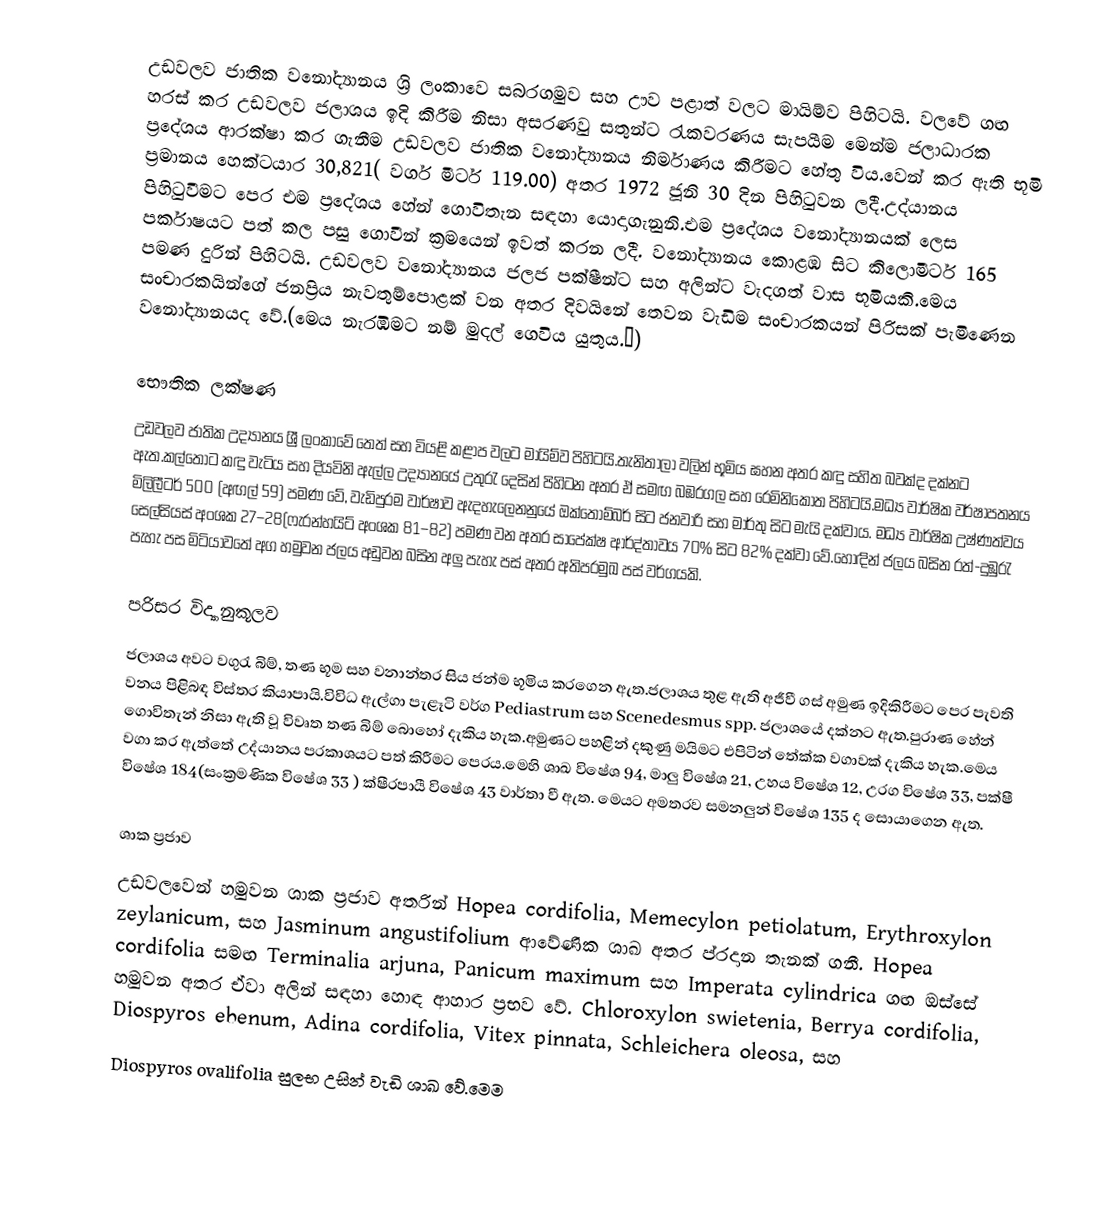
උඩවලව ජාතික වනෝද්‍යානය ශ්‍රි ලංකාවෙ සබරගමුව සහ ඌව පළාත් වලට මායිම්ව පිහිටයි. වලවේ ගඟ හ‍රස් කර උඩවලව ජලාශය ඉදි කිරීම නිසා අසරණවු සතුන්ට රැකවරණය සැපයීම මෙන්ම ජලාධාරක ප්‍රදේශය ආරක්ෂා කර ගැනීම  උඩවලව ජාතික වනෝද්‍යානය නිර්මාණය කිරීමට හේතු විය.වෙන් ක‍ර ඇති භූමි ප්‍රමානය හෙක්ටයාර 30,821( වර්ග මීටර් 119.00) අතර 1972 ජූනි 30 දින පිහිටුවන ලදී.උද්යානය පිහිටුවීමට පෙර එම ප්‍රදේශය හේන් ගොවිතැන සඳහා යොදාගැනුනි.එම ප්‍රදේශය වනෝද්‍යානයක් ලෙස පර්කාෂයට පත් කල පසු ගොවීන් ක්‍රමයෙන් ඉවත් කරන ලදී. වනෝද්‍යානය කොළඹ සිට කිලොමීටර් 165 පමණ දුරින් පිහිටයි. උඩවලව වනෝද්‍යානය ජලජ පක්ෂීන්ට සහ අලින්ට වැදගත් වාස භූමියකි.මෙය සංචාරකයින්ගේ ජනප්‍රිය නැවතුම්පොළක් වන අත‍ර දිවයිනේ තෙවන වැඩිම සංචාරකයන් පිරිසක් පැමිණෙන වනෝද්‍යානයද වේ.(මෙය නැරඹීමට නම් මුදල් ගෙවිය යුතුය.💸)

භෞතික ලක්ෂණ
උඩවලව ජාතික උද්‍යානය ශ්‍රී ලංකාවේ  තෙත් සහ වියළි කළාප වලට මායිම්ව පිහිටයි.තැනිතාලා වලින් භූමිය ඝහන අත‍ර කඳු සහිත බවක්ද දක්නට ඇත.කල්තොට කඳු වැටිය සහ දියවිනි ඇල්ල උද්‍යානයේ උතුරැ දෙසින් පිහිටන අත‍ර ඒ සමඟ බඹ‍රගල සහ රෙමිනිකොත පිහිටයි.මධ්‍ය වාර්ෂික වර්ෂාපතනය මිලිලීටර් 500 (අඟල් 59) පමණ වේ, වැඩිපුරම වාර්ෂාව ඇදහැලෙනනුයේ ඔක්තෝම්බර් සිට ජනවාරි සහ මාර්තු සිට මැයි දක්වාය. මධ්‍ය වාර්ෂික උෂ්ණත්වය සෙල්සියස් අංශක 27–28(ෆැරන්හයිට් අංශක 81–82) පමණ වන අත‍ර සාපේක්ෂ ආර්ද්තාවය 70% සිට 82% දක්වා වේ.හොඳින් ජලය බසින රත්-දුඹුරැ පැහැ පස මිටියාවතේ අග හමුවන ජලය අඩුවන බසින අලු පැහැ පස් අත‍්ර අතිප‍්රමුඛ පස් වර්ගයකි.

ප‍රිස‍ර විද්‍යානුකූලව
ජලාශය අවට වගුරැ බිම්, තණ භූම සහ වනාන්ත‍ර සිය ජන්ම භූමිය ක‍රගෙන ඇත.ජලාශය තුළ ඇති අජීවී ගස් අමුණ ඉදිකිරීමට පෙර පැවති වනය පිළිබඳ විස්ත‍ර කියාපායි.විවිධ ඇල්ගා පැළෑටි වර්ග Pediastrum සහ Scenedesmus spp. ජලාශයේ දක්නට ඇත.පුරාණ හේන් ගොවිතැන් නිසා ඇති වූ විවෘත තණ බිම් බොහෝ දැකිය හැක.අමුණට පහළින් දකුණු මයිමට එපිටින් තේක්ක වගාවක් දැකිය හැක.මෙය වගා ක‍ර ඇත්තේ උද්යානය ප‍්රකාශයට පත් කිරීමට පෙරය.මෙහි ශාඛ විෂේශ 94, මාලු විෂේශ 21, උහය විෂේශ 12, උරග විෂේශ 33, පක්ෂී විෂේශ 184(සංක්‍රමණික විෂේශ 33 ) ක්ෂීරපායී විෂේශ 43 වාර්තා වී ඇත. මෙයට අමත‍රව සමනලුන් විෂේශ 135 ද සොයාගෙන ඇත.

ශාක ප්‍රජාව
උඩවලවෙන් හමුවන ශාක ප්‍රජාව අතරින් Hopea cordifolia, Memecylon petiolatum, Erythroxylon zeylanicum, සහ Jasminum angustifolium ආවේණික ශාඛ අත‍ර ප‍්රදාන තැනක් ගනී. Hopea cordifolia සමඟ Terminalia arjuna, Panicum maximum සහ Imperata cylindrica ගඟ ඔස්සේ හමුවන අතර ඒවා අලින් සඳහා හොඳ ආහාර ප්‍රභව වේ. Chloroxylon swietenia, Berrya cordifolia, Diospyros ebenum, Adina cordifolia, Vitex pinnata, Schleichera oleosa, සහ
Diospyros ovalifolia සුලභ උසින් වැඩි ශාඛ වේ.මෙම